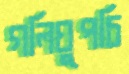
গলিঘুপচি